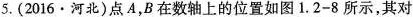
5.(2016·河北)点A，B在数轴上的位置如图1.2-8所示，其对